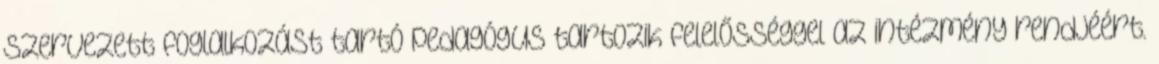
szervezett foglalkozást tartó pedagógus tartozik felelősséggel az intézmény rendjéért.